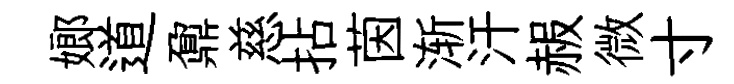
嫏道鼐慈拈茵渐汗赧微寸